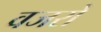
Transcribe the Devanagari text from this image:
वजरों